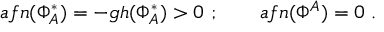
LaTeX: a f n ( \Phi _ { A } ^ { * } ) = - g h ( \Phi _ { A } ^ { * } ) > 0 \ ; \qquad a f n ( \Phi ^ { A } ) = 0 \ .